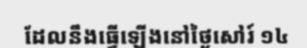
ដែលនឹងធ្វើឡើងនៅថ្ងៃសៅរ៍ ១៤